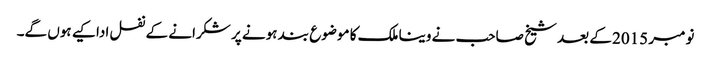
نومبر 2015 کے بعد شیخ صاحب نے وینا ملک کا موضوع بند ہونے پر شکرانے کے نفل ادا کیے ہوں گے۔